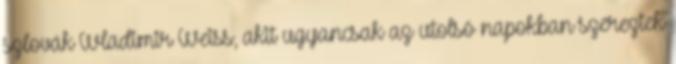
szlovák Wladimir Weiss, akit ugyancsak az utolsó napokban szereztek